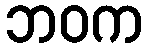
ဘဝက